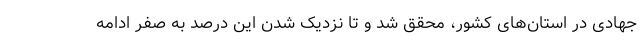
جهادی در استان‌های کشور، محقق شد و تا نزدیک شدن این درصد به صفر ادامه